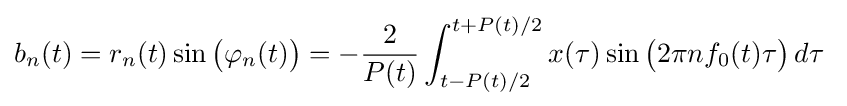
b_{n}(t)=r_{n}(t)\sin {\big (}\varphi _{n}(t){\big )}=-{\frac {2}{P(t)}}\int _{t-P(t)/2}^{t+P(t)/2}x(\tau )\sin {\big (}2\pi nf_{0}(t)\tau {\big )}\,d\tau \